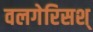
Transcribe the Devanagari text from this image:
वलगेरिसश्